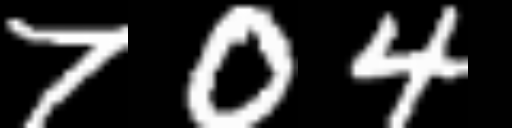
Text: 704